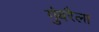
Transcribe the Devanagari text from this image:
गुंबरैला